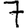
Digit: 7